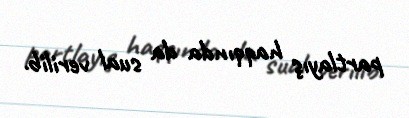
partlayış haqqında da sual verilib.